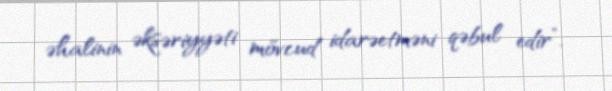
əhalinin əksəriyyəti mövcud idarəetməni qəbul edir”.